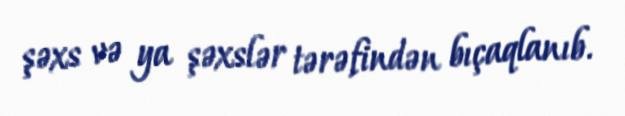
şəxs və ya şəxslər tərəfindən bıçaqlanıb.